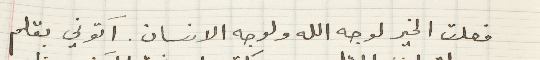
فعلت الخير لوجه الله ولوجه الانسان. آتوني بقلم